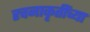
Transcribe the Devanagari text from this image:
रचनाकृतींच्या